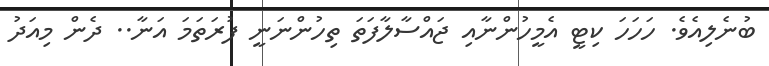
ބުނެލިއެވެ. ހަހަހަ ކިޓީ އެމީހުންނާއި ޖައްސާލާފަތަ ތިހުންނަނީ ފުރަތަމަ އަނާ.. ދެން މިއަދު